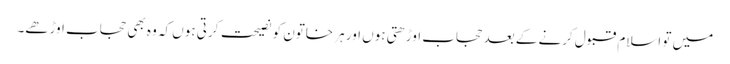
میں تو اسلام قبول کرنے کے بعد حجاب اوڑھتی ہوں اور ہر خاتون کو نصیحت کرتی ہوں کہ وہ بھی حجاب اوڑھے۔